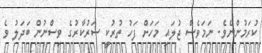
ކުރަމުންނެވެ. ނަމަވެސް ޖުލައި މަހަށް ފަހު ތުރުކީ ސަރުކާރުގެ ވިސްނުން ބަދަލު ވެ